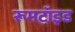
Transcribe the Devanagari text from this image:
रूमटॉइड